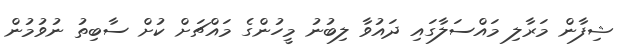
ޝިފާން މަރާލި މައްސަލާގައި ދައުވާ ލިބުނު މީހުންގެ މައްޗަށް ކުށް ސާބިތު ނުވުމުން